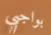
بواجبي